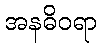
အနဓိဝရာ